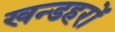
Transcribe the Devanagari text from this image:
खन्डहरों